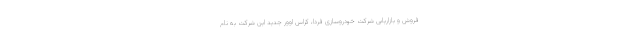
فروش و بازاریابی شرکت خودروسازی فردا، کراس اوور جدید این شرکت به نام